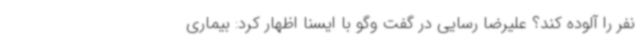
نفر را آلوده کند؟ علیرضا رسایی در گفت وگو با ایسنا اظهار کرد: بیماری